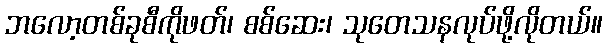
ဘလော့တစ်ခုစီကိုဖတ်၊ စစ်ဆေး၊ သုတေသနလုပ်ဖို့လိုတယ်။